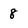
Character: 8